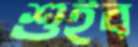
শুইব